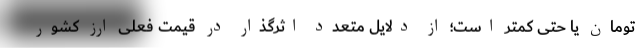
تومان یا حتی کمتر است؛ از دلایل متعدد اثرگذار در قیمت فعلی ارز کشور